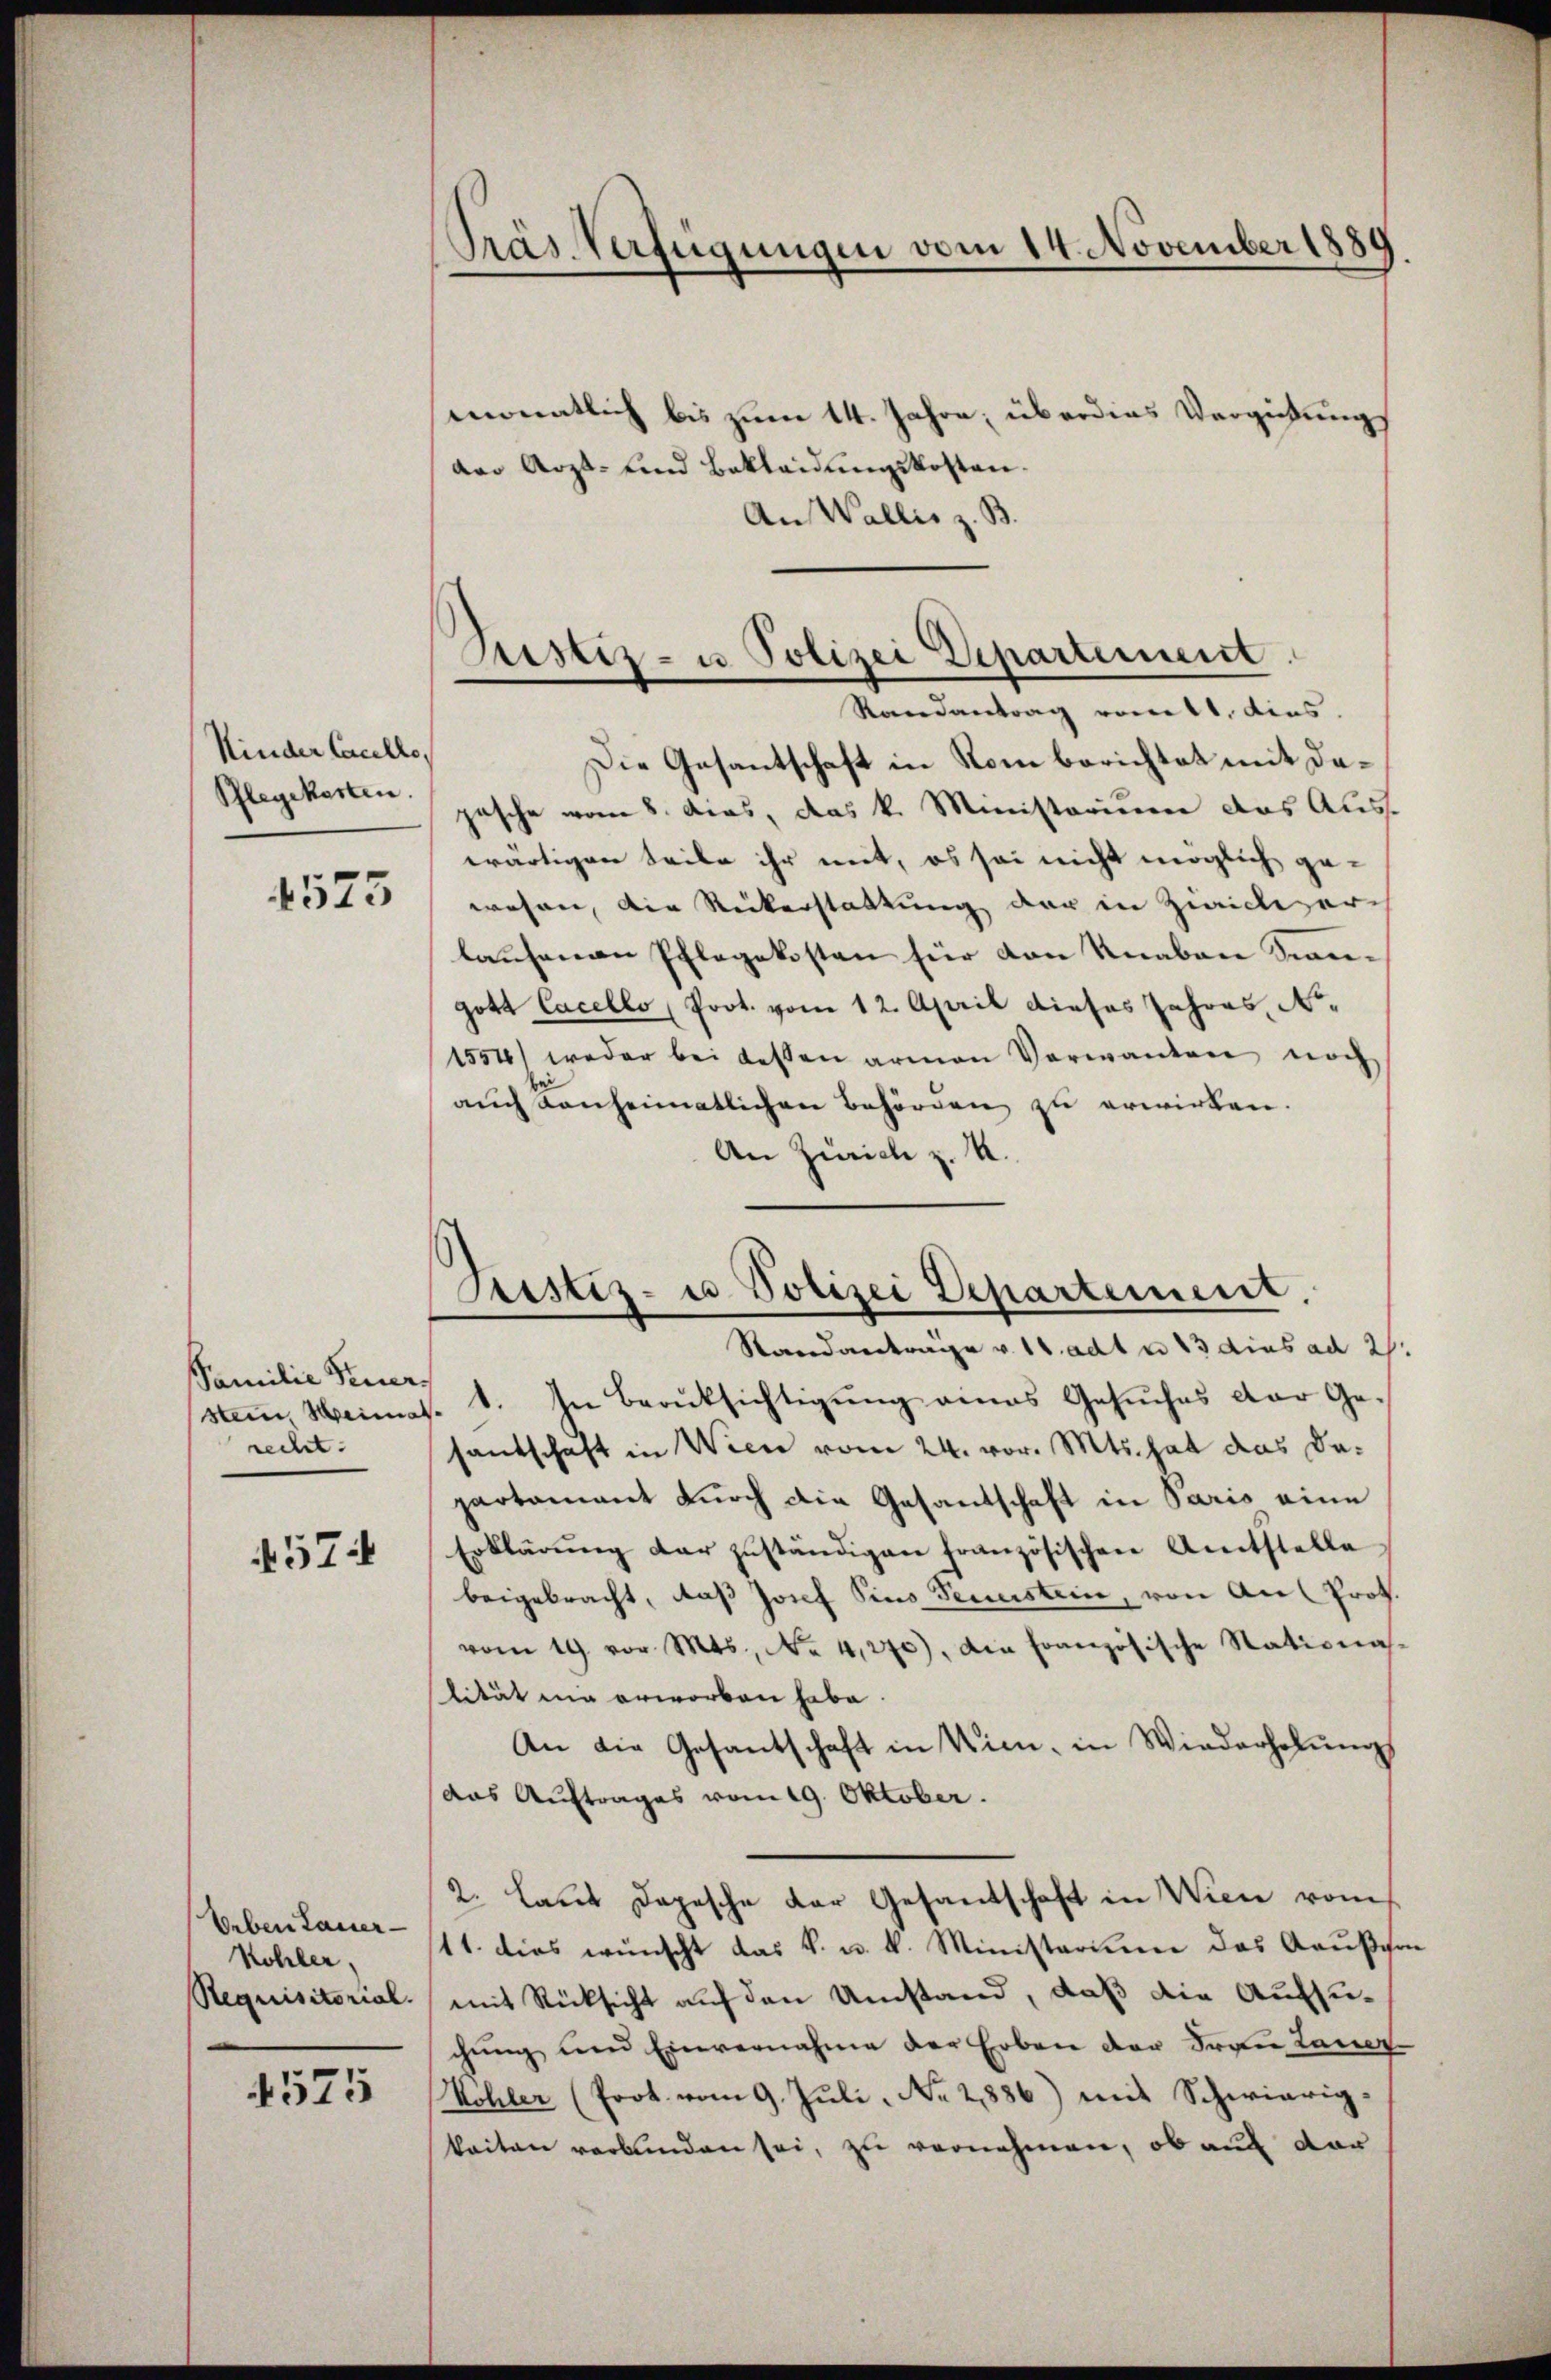
Kinder Caulle,
Pflegekosten.

4573

Familie Feuerrecht.

574

Deben Lauer-
Kohler,
Requisitorial.

4575

Präs. Verfügungen vom 14. November 1880

Justiz- u Polizei Departement
Randantrag vom 11. dies.

monatlich bis zum 14. Jahre; überdies Vergiebungs
der Arzt- und Bekleidungskosten.
An Wallis z. B.
Die Gesantschaft in Rom berichtet mit dapasche vom 8. das, das k. Ministorium das Aus-
wärtigen teile ihr mit, es sei nicht möglich gewesen, die Rückerstattung der in Züricherlaufenen Pflegekosten für den Knaben Stangott Cacello (Prot. vom 12. April dieses Jahres, No.
1554) weder bei dessen armen Verwanden noch
auch kanheimatlichen Behörden zu erwirken.
An Zürich z. B.
stem Weimat. 1. In Berüksichtigŭng eines Gesŭches der Ge-
santschaft in Wien vom 24. vor. Mts. hat das dapartament durch die Gesandtschaft in Paris eine
Erklärŭng der zuständigen französischen Amtstelle
beigebracht, daß Josef Sins Fenstein, von Anl Prot.
vom 19. vor. Mts., No 4,270), die französische Nationas-
lität nie erworben habe.
An die Gesandschaft in Wien, in Wiederholŭng
das Auftrages vom 19. Oktober.
2. Laut Depesche der Gesandschaft in Wien vom
11. dies wünscht das k. u. k. Ministerium das Gaußge
mit Rücksicht auf den Umstand, daß die Aufsuchung und Einvernahme der Erben der Frau Laner-
Wöhler (Prot. vom 9. Juli, No 2886) mit Schwierig-
keiten verbunden sei, zu vernehmen, ob auch der

Justiz- u. Polizei Departement.
Standantrage v. 16 adt u. 13 dies ad 2.